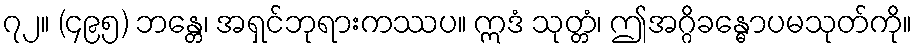
၇၂။ (၄၉၅) ဘန္တေ၊ အရှင်ဘုရားကဿပ။ ဣဒံ သုတ္တံ၊ ဤအဂ္ဂိခန္ဓောပမသုတ်ကို။